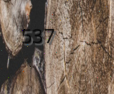
537